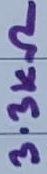
Text: 3.3KΩ